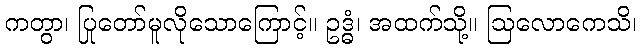
ကတွာ၊ ပြုတော်မူလိုသောကြောင့်။ ဥဒ္ဓံ၊ အထက်သို့။ ဩလောကေသိ၊